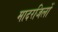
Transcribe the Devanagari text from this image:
मादरजिलों